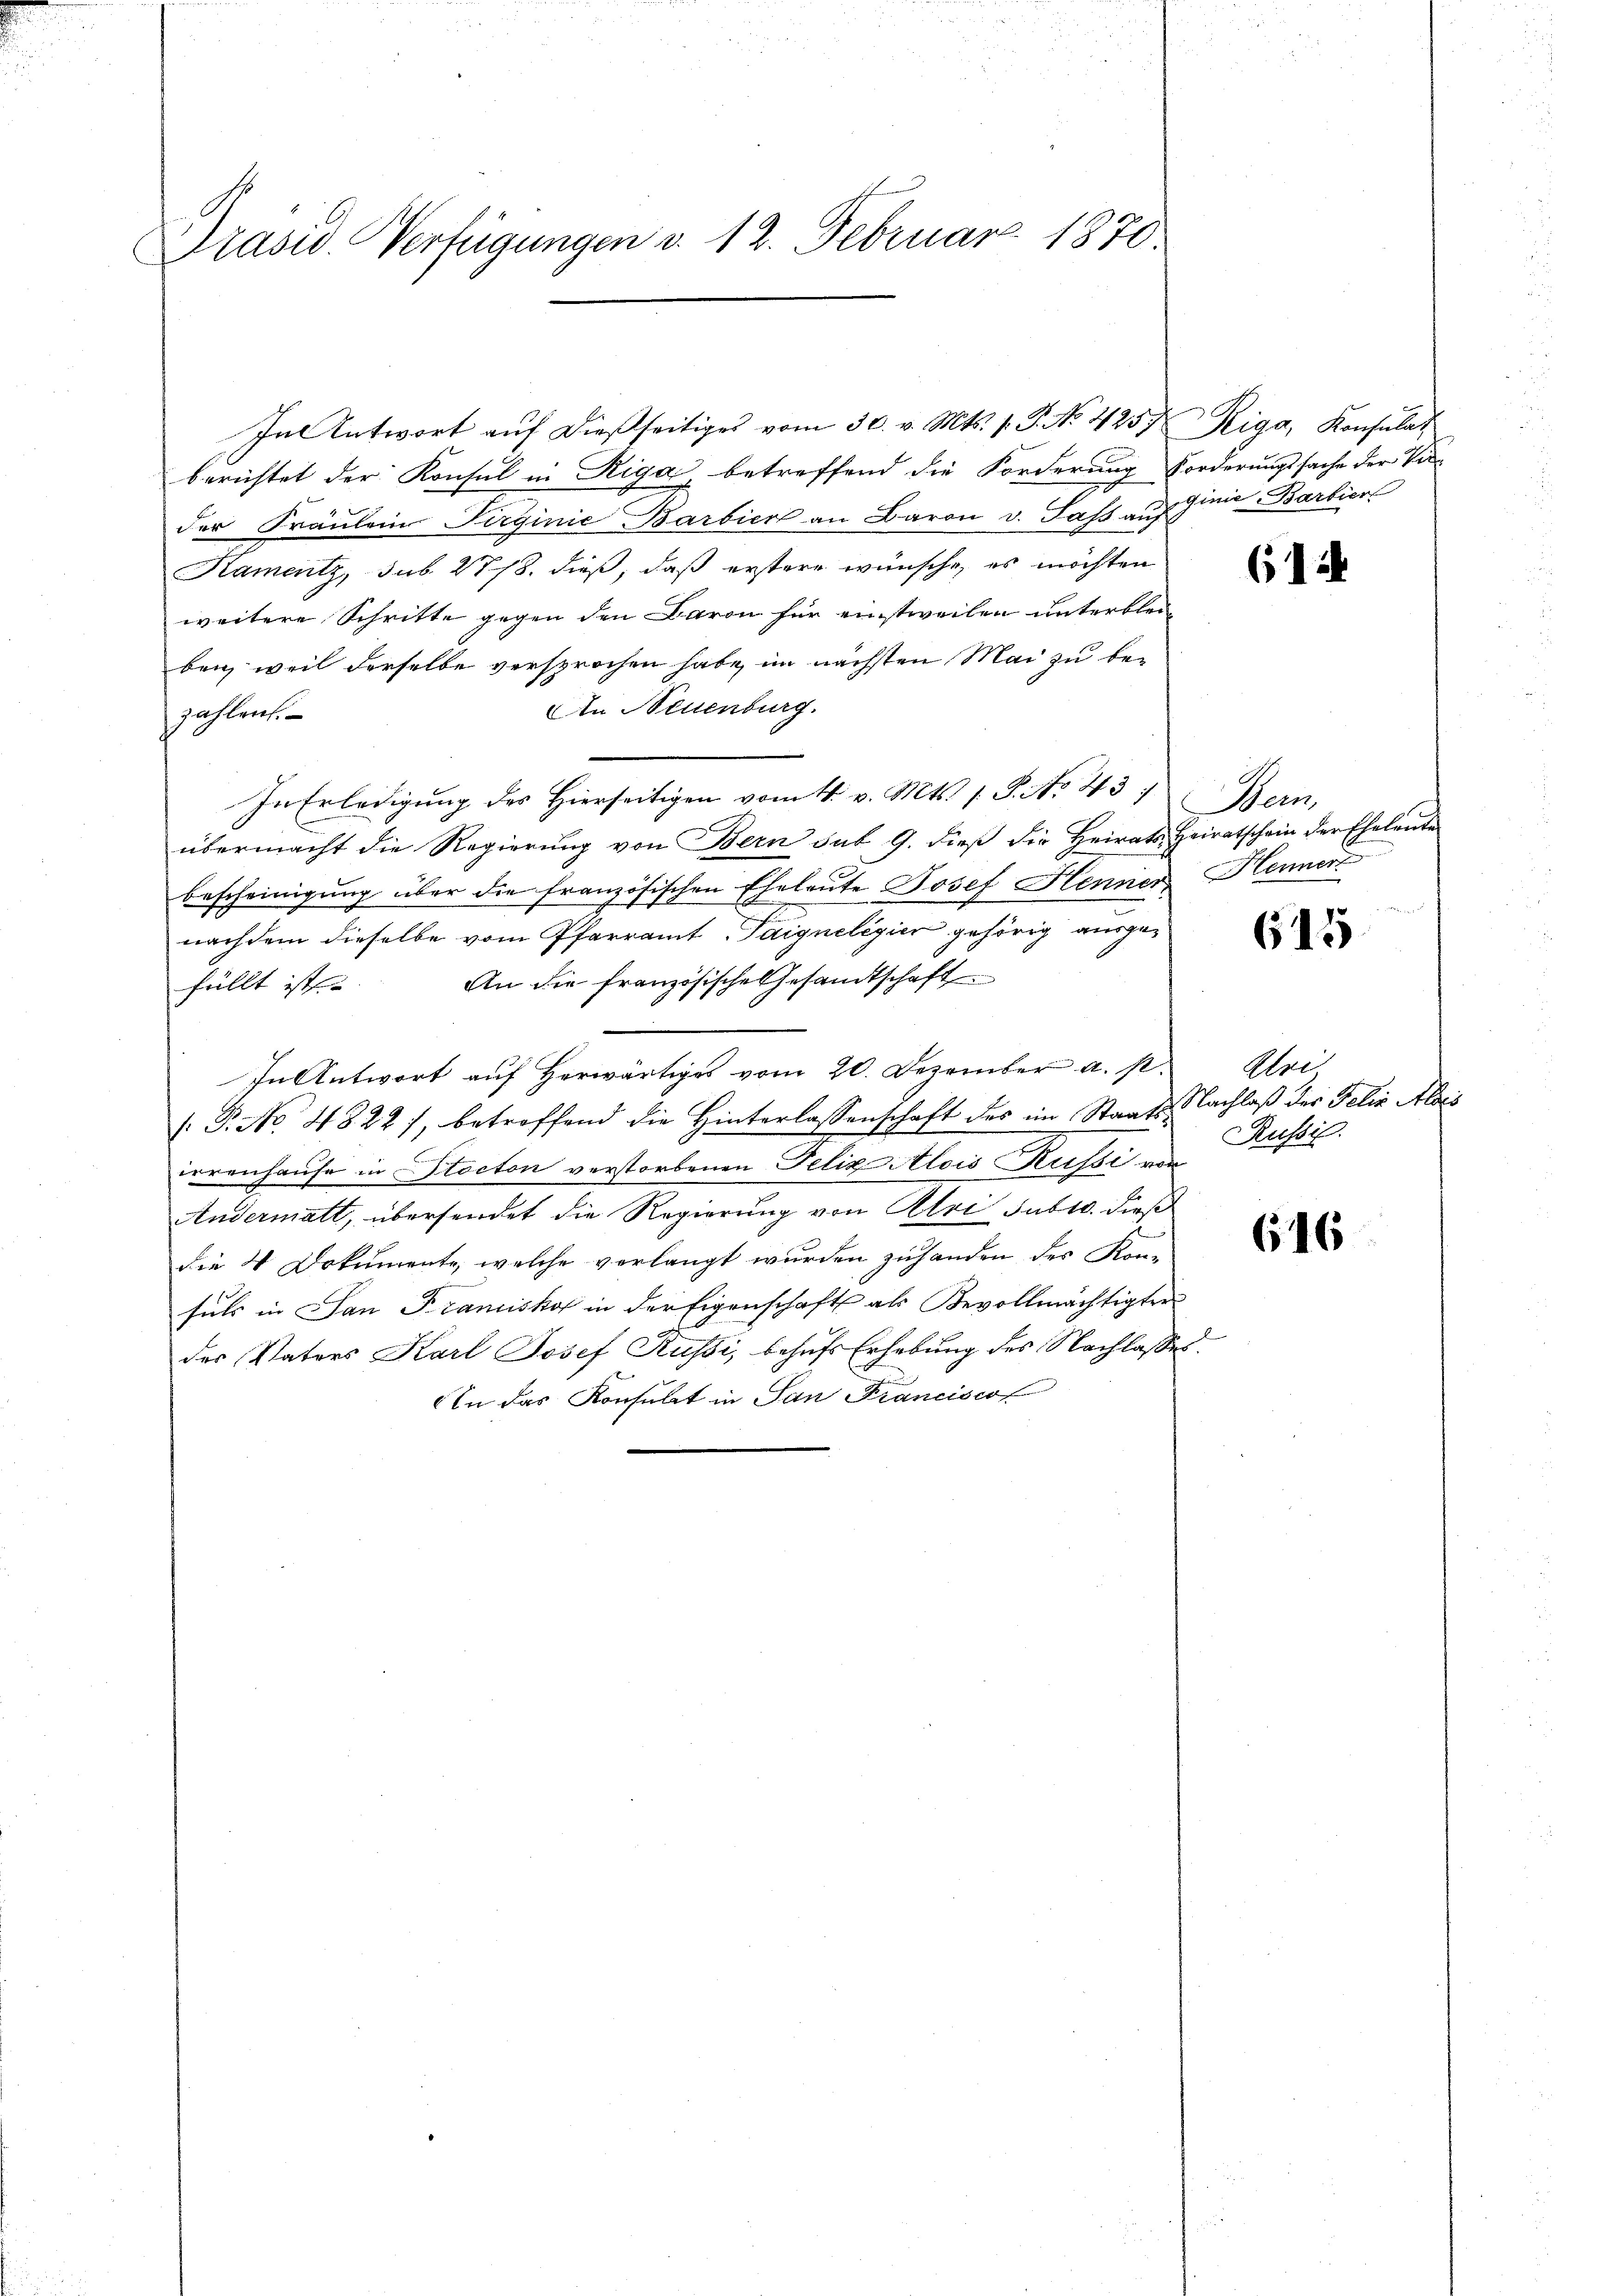
Präsid. Verfügungen v. 12. Februar 1870.

In Antwort aŭf dießseitiges vom 30. v. Mts. s. S. No. 425. Riga, Konsulat
berichtet der Konsul in Riga, betreffend die Forderung Forderungssache der Ver-
der Fräulein Pirginie Barbier an Baron v. Sass auf in Barbier
Kamentz, sub 2778. dieß, daß erstere wünsche, es möchten
weitere Schritte gegen den Baron für einstweilen unterblei
ben, weil derselbe versprochen habe, im nächsten Mai zu be¬
An Neuenburg.
zahlen.
In Erledigung des Hierseitigen vom 4. v. Mts. 1. P. No 43
übermacht die Regierung von Bern sub 9. dieß die Heirats Heiratschein der Eheleute
bescheinigung über die französischen Eheleute Josef Henner Hennen
nachdem dieselbe vom Pfarramt Paigneligier gehörig ausge¬
An die französische Gesamtschaft
fällt ist.
In Antwort auf Herwärtiges vom 20. Dezember a. p.
/: P. No. 4822), betroffend die Hinterlassenschaft des im Staatsirrenhause in Stocton verstorbenen Felix Alois Russi von
Andermatt, übersendet die Regierung von Petri subsc. dieß
die 4 Dokumente, welche verlangt wurden zuhanden des Konfuls in San Franciskof in der Eigenschaft als Bevollmächtigter
der Vaters Karl Josef Russi, behufs Erhebung des Nachlasses.
An das Konsulat in San Francisco

(1 i

Neu

615

Eri
Nachlaß der Felix Ales
Russis

616